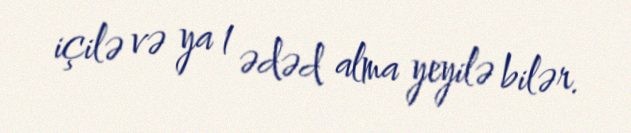
içilə və ya 1 ədəd alma yeyilə bilər.